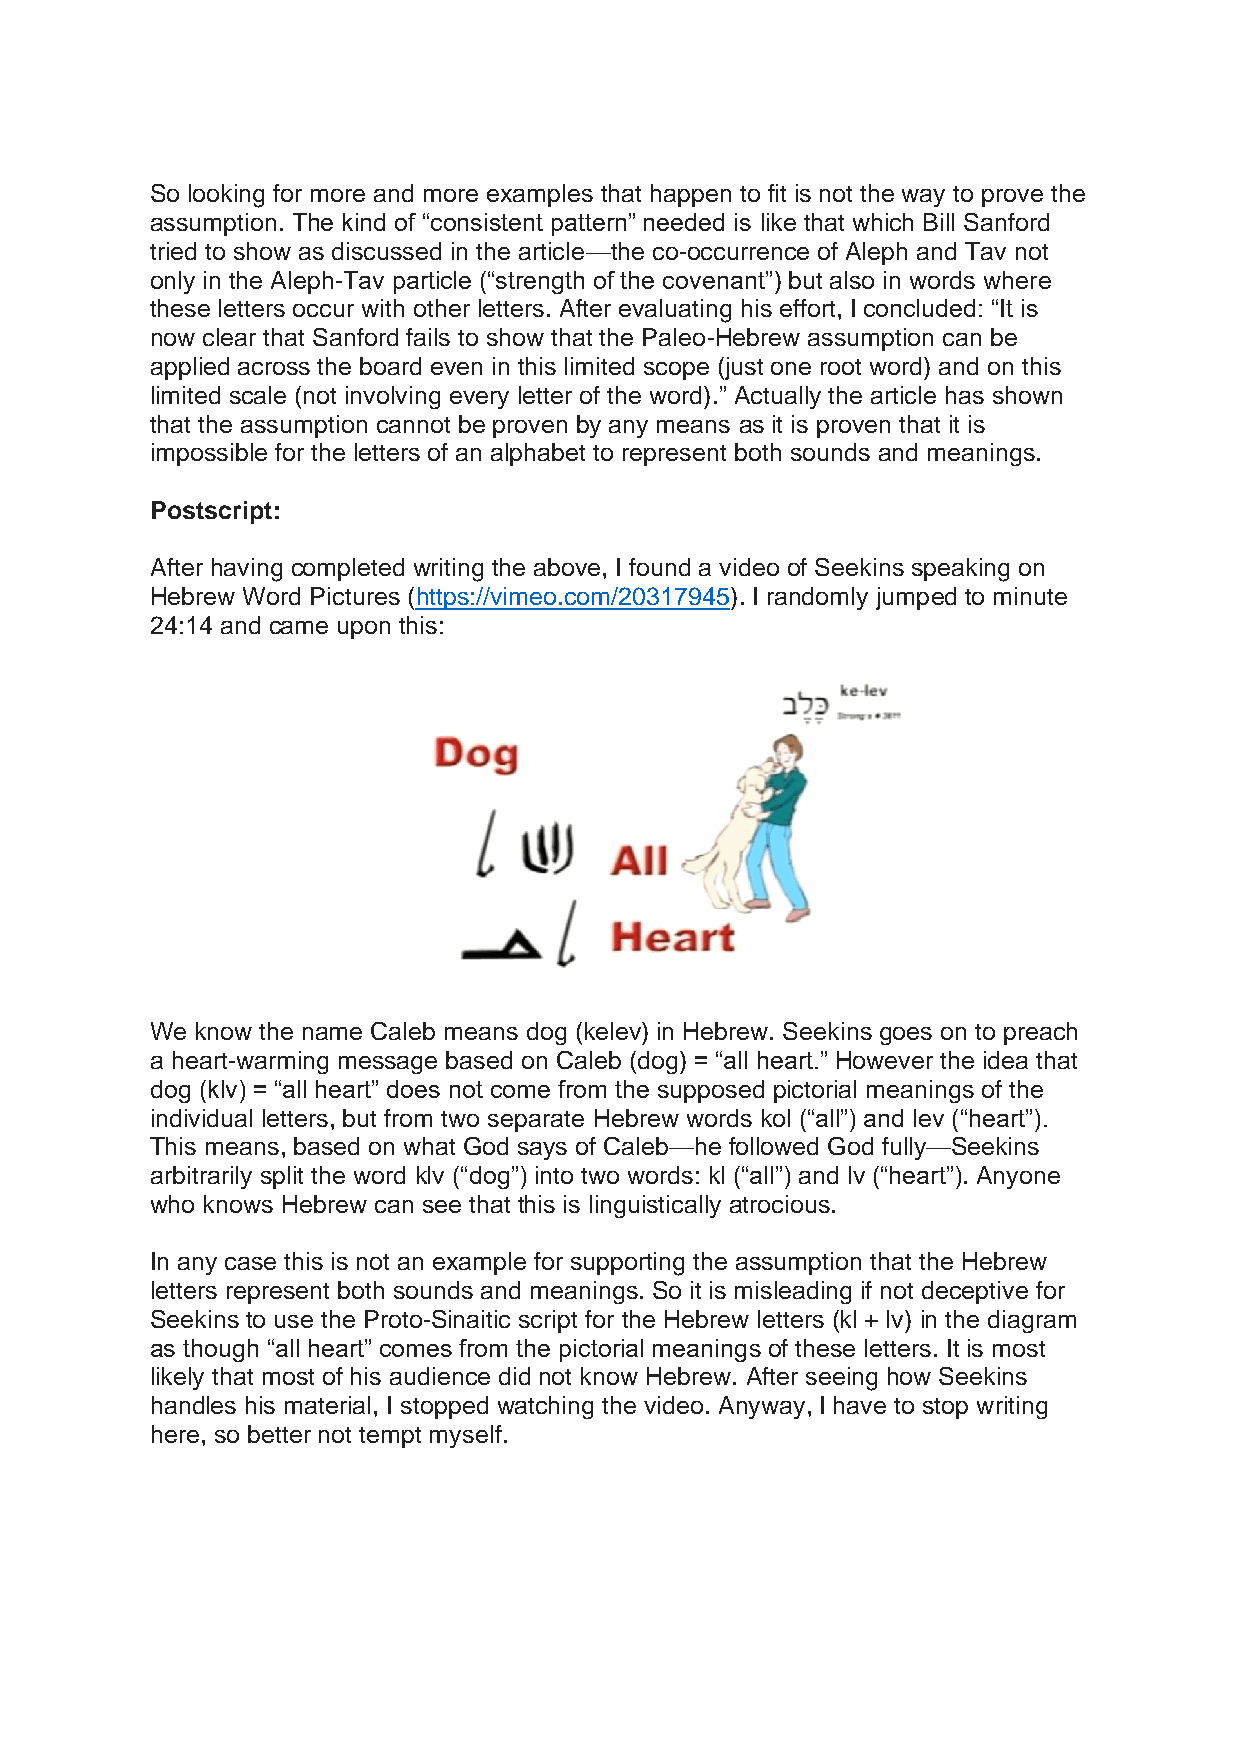
So looking for more and more examples that happen to fit is not the way to prove the
 assumption. The kind of “consistent pattern” needed is like that which Bill Sanford
 tried to show as discussed in the article—the co-occurrence of Aleph and Tav not
 only in the Aleph-Tav particle (“strength of the covenant”) but also in words where
 these letters occur with other letters. After evaluating his effort, I concluded: “It is
 now clear that Sanford fails to show that the Paleo-Hebrew assumption can be
 applied across the board even in this limited scope (just one root word) and on this
 limited scale (not involving every letter of the word).” Actually the article has shown
 that the assumption cannot be proven by any means as it is proven that it is
 impossible for the letters of an alphabet to represent both sounds and meanings.
 Postscript:
 After having completed writing the above, I found a video of Seekins speaking on
 Hebrew Word Pictures (https://vimeo.com/20317945). I randomly jumped to minute
 24:14 and came upon this:
 We know the name Caleb means dog (kelev) in Hebrew. Seekins goes on to preach
 a heart-warming message based on Caleb (dog) = “all heart.” However the idea that
 dog (klv) = “all heart” does not come from the supposed pictorial meanings of the
 individual letters, but from two separate Hebrew words kol (“all”) and lev (“heart”).
 This means, based on what God says of Caleb—he followed God fully—Seekins
 arbitrarily split the word klv (“dog”) into two words: kl (“all”) and lv (“heart”). Anyone
 who knows Hebrew can see that this is linguistically atrocious.
 In any case this is not an example for supporting the assumption that the Hebrew
 letters represent both sounds and meanings. So it is misleading if not deceptive for
 Seekins to use the Proto-Sinaitic script for the Hebrew letters (kl + lv) in the diagram
 as though “all heart” comes from the pictorial meanings of these letters. It is most
 likely that most of his audience did not know Hebrew. After seeing how Seekins
 handles his material, I stopped watching the video. Anyway, I have to stop writing
 here, so better not tempt myself.